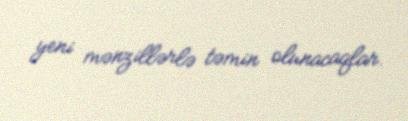
yeni mənzillərlə təmin olunacaqlar.